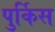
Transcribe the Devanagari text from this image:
पुर्किस